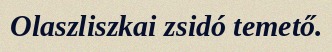
Olaszliszkai zsidó temető.